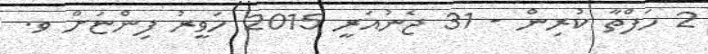
2 ހަފްތާ ކުރިން - 31 ޖެނުއަރީ 2015 ހަވީރު ފިންޏަށް ވ.